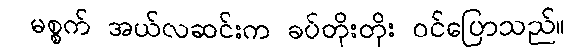
မစ္စက် အယ်လဆင်းက ခပ်တိုးတိုး ဝင်ပြောသည်။